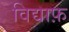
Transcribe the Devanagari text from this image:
विद्याफ़